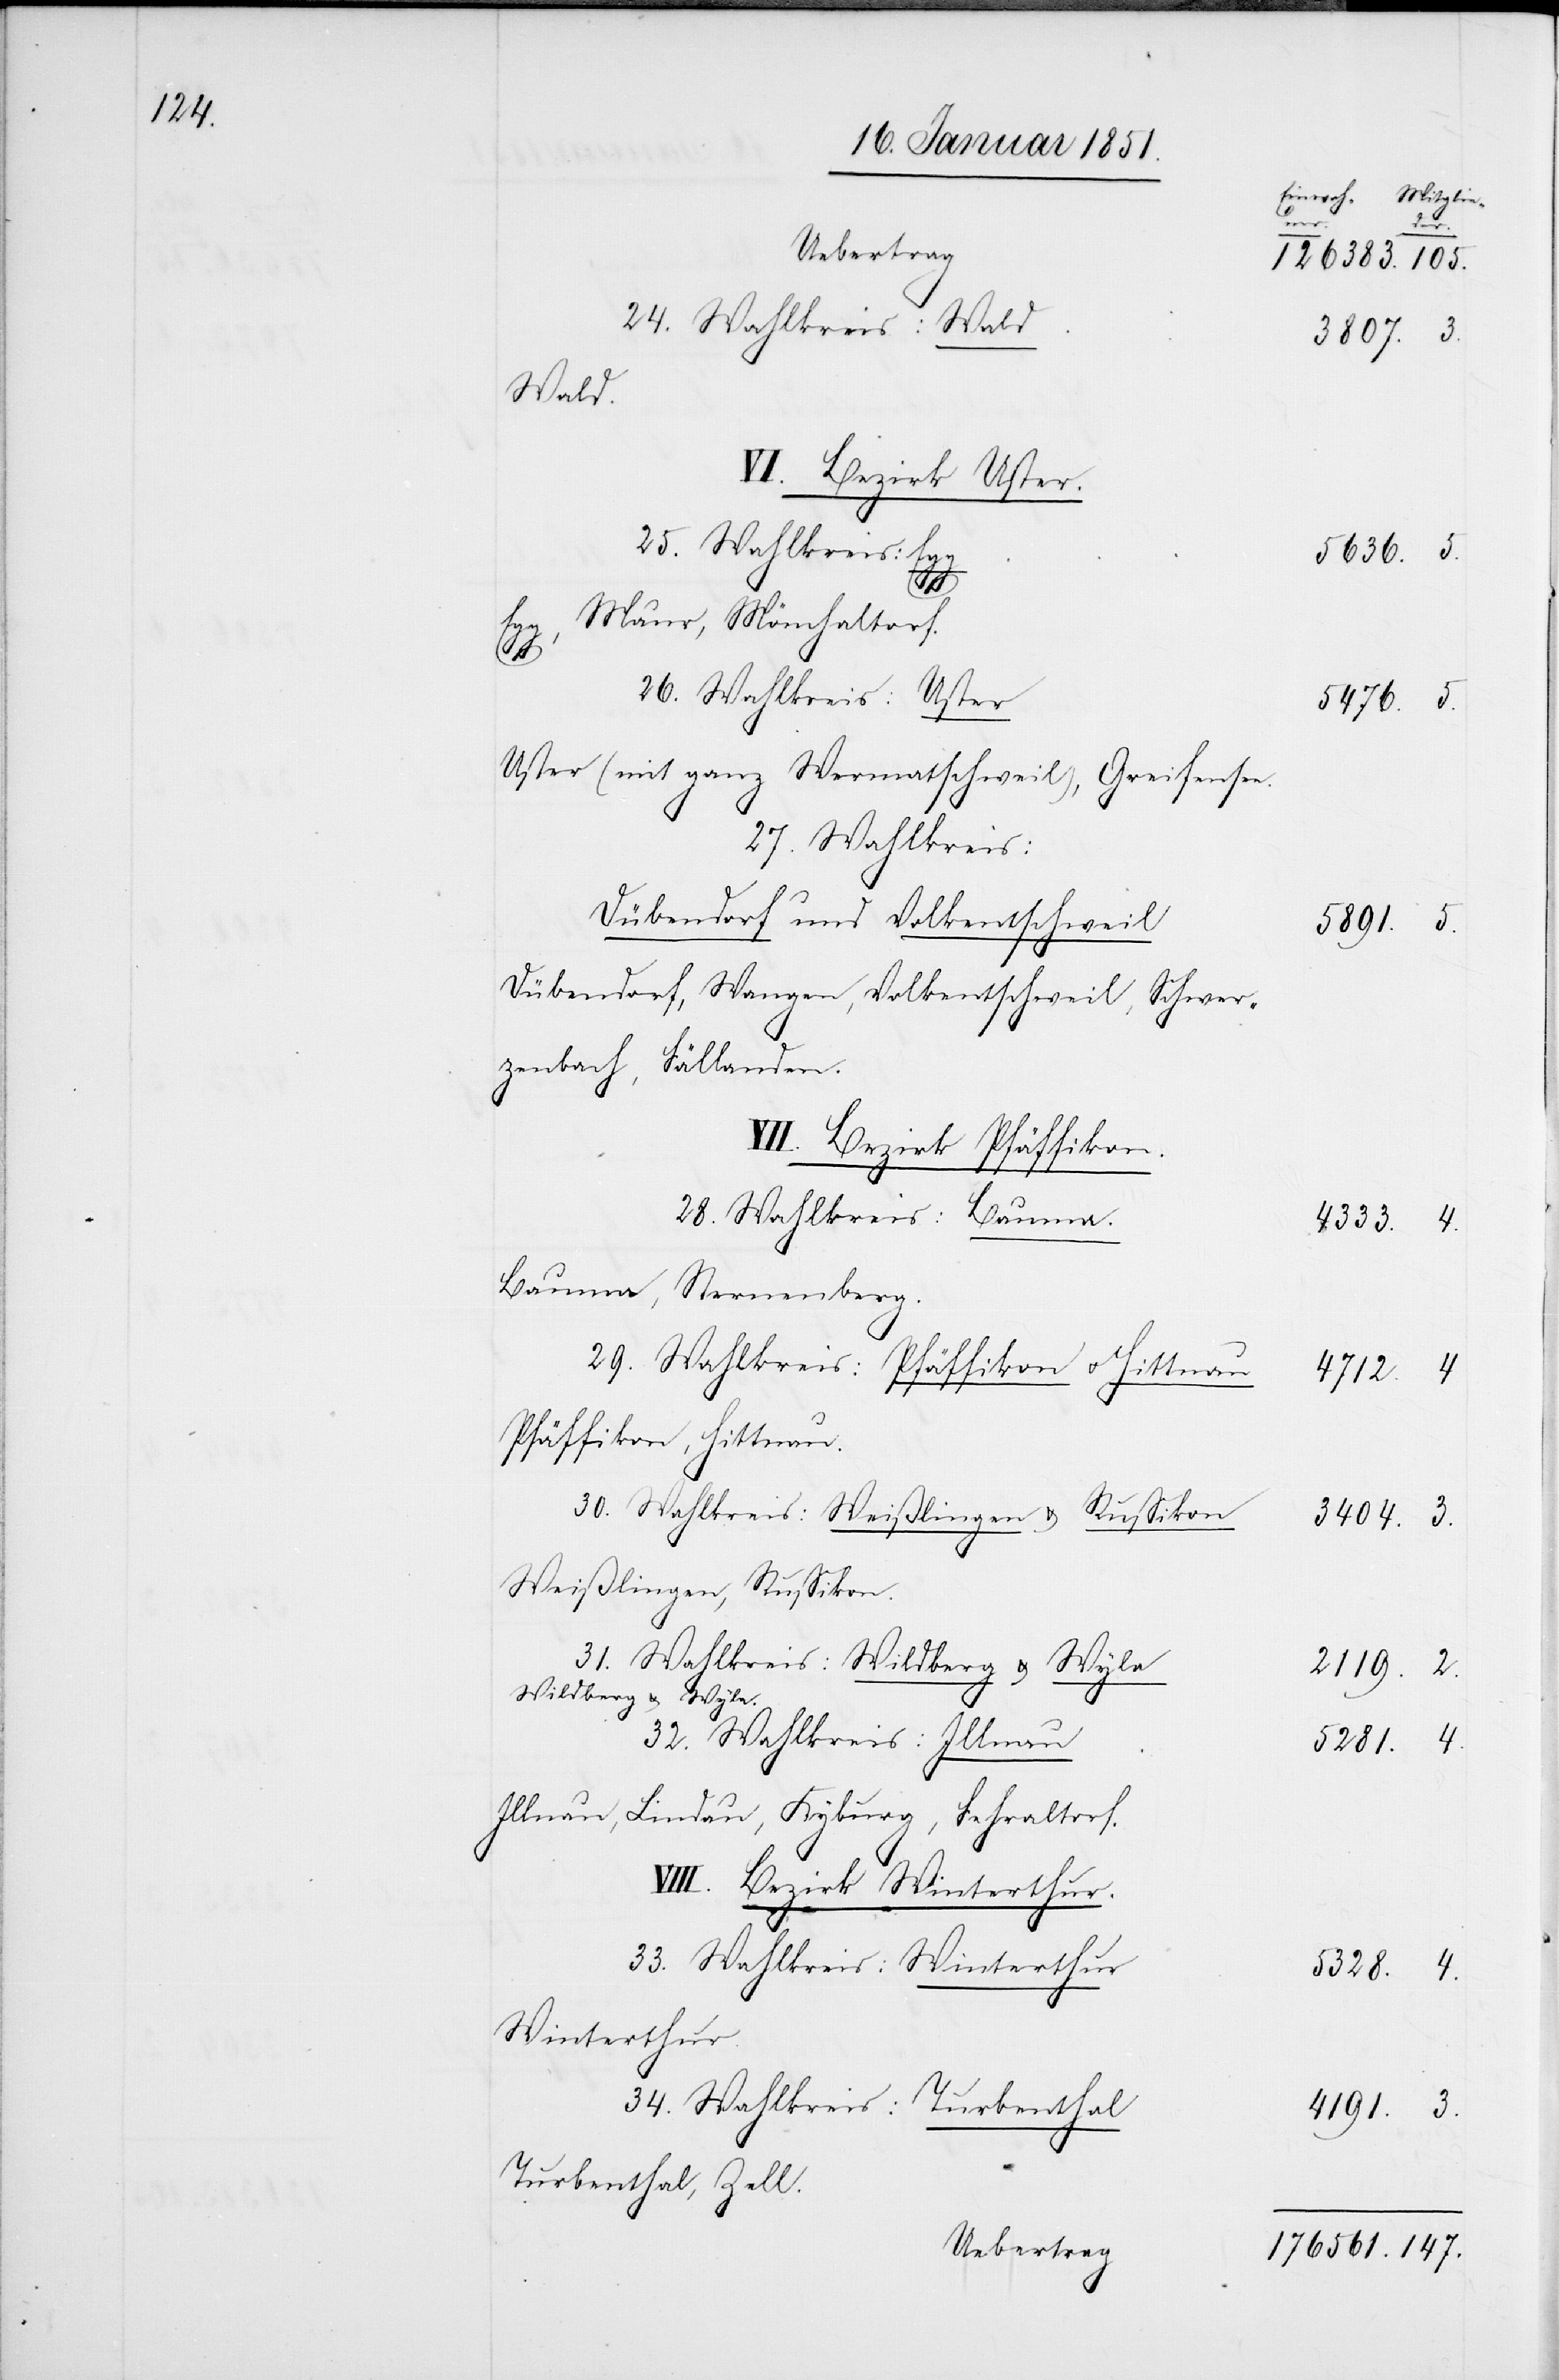
Uebertrag
Wald.
VI. Bezirk Uster.
Maur, Mönchaltorf.
3.
26. Wahlkreis: Uster
Uster (mit ganz Wermatschweil), Greifensee.
27. Wahlkreis:
Dübendorf und Volkentschweil
Dübendorf, Wangen, Volkentschweil, Schwer¬
zenbach, Fällanden.
VII. Bezirk Pfäffikon.
28. Wahlkreis: Bauma.
Bauma, Sternenberg.
29. Wahlkreis:Pfäffikon u. Hittnau
Pfäffikon, Hittnau.
30. Wahlkreis: Weißlingen u. Russikon
Weißlingen, Russikon.
31. Wahlkreis:Wildberg u. Wyla
Wildberg u. Wyla.
32. Wahlkreis: Illnau
Illnau, Lindau, Kyburg, Fehraltorf.
VIII. Bezirk Winterthur.
33. Wahlkreis: Winterthur.
Winterthur.
34. Wahlkreis: Turbenthal
Turbenthal, Zell.

4.
3807.
5636.
5476.
5891.
147.
3404.
4191.
5281.
5328.